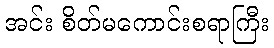
အင်း စိတ်မကောင်းစရာကြီး